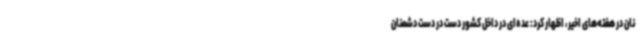
نان در هفته‌های اخیر، اظهار کرد: عده‌ای در داخل کشور دست در دست دشمنان